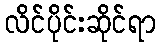
လိင်ပိုင်းဆိုင်ရာ